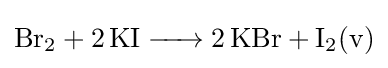
{\ce {Br2 + 2KI -> 2KBr + I2(v)}}